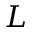
L